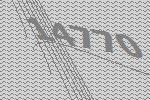
14770